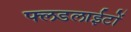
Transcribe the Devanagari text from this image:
फ्लडलाईटों